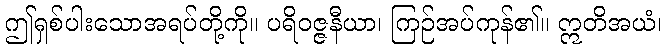
ဤရှစ်ပါးသောအရပ်တို့ကို။ ပရိဝဇ္ဇနီယာ၊ ကြဉ်အပ်ကုန်၏။ ဣတိအယံ၊